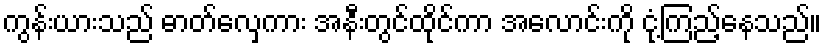
ကွန်းယားသည် ဓာတ်လှေကား အနီးတွင်ထိုင်ကာ အလောင်းကို ငုံ့ကြည့်နေသည်။